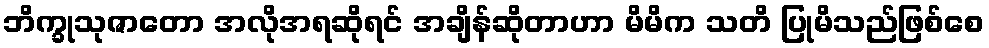
ဘိက္ခုသုဇာတော အလိုအရဆိုရင် အချိန်ဆိုတာဟာ မိမိက သတိ ပြုမိသည်ဖြစ်စေ